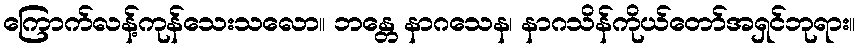
ကြောက်လန့်ကုန်သေးသလော။ ဘန္တေ နာဂသေန၊ နာဂသိန်ကိုယ်တော်အရှင်ဘုရား။